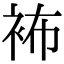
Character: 𧙛